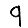
Digit: 9